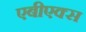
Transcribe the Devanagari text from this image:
एबीएक्स